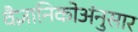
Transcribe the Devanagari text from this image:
वैज्ञानिकोअंनुसार